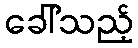
ခေါ်သည့်